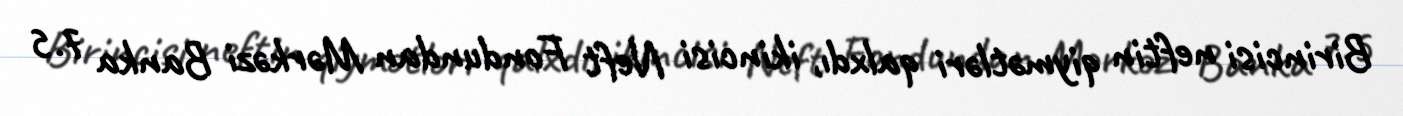
Birincisi neftin qiymətləri qalxdı, ikincisi Neft Fondundan Mərkəzi Banka 7.5